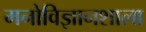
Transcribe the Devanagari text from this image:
मनोविज्ञानशाला